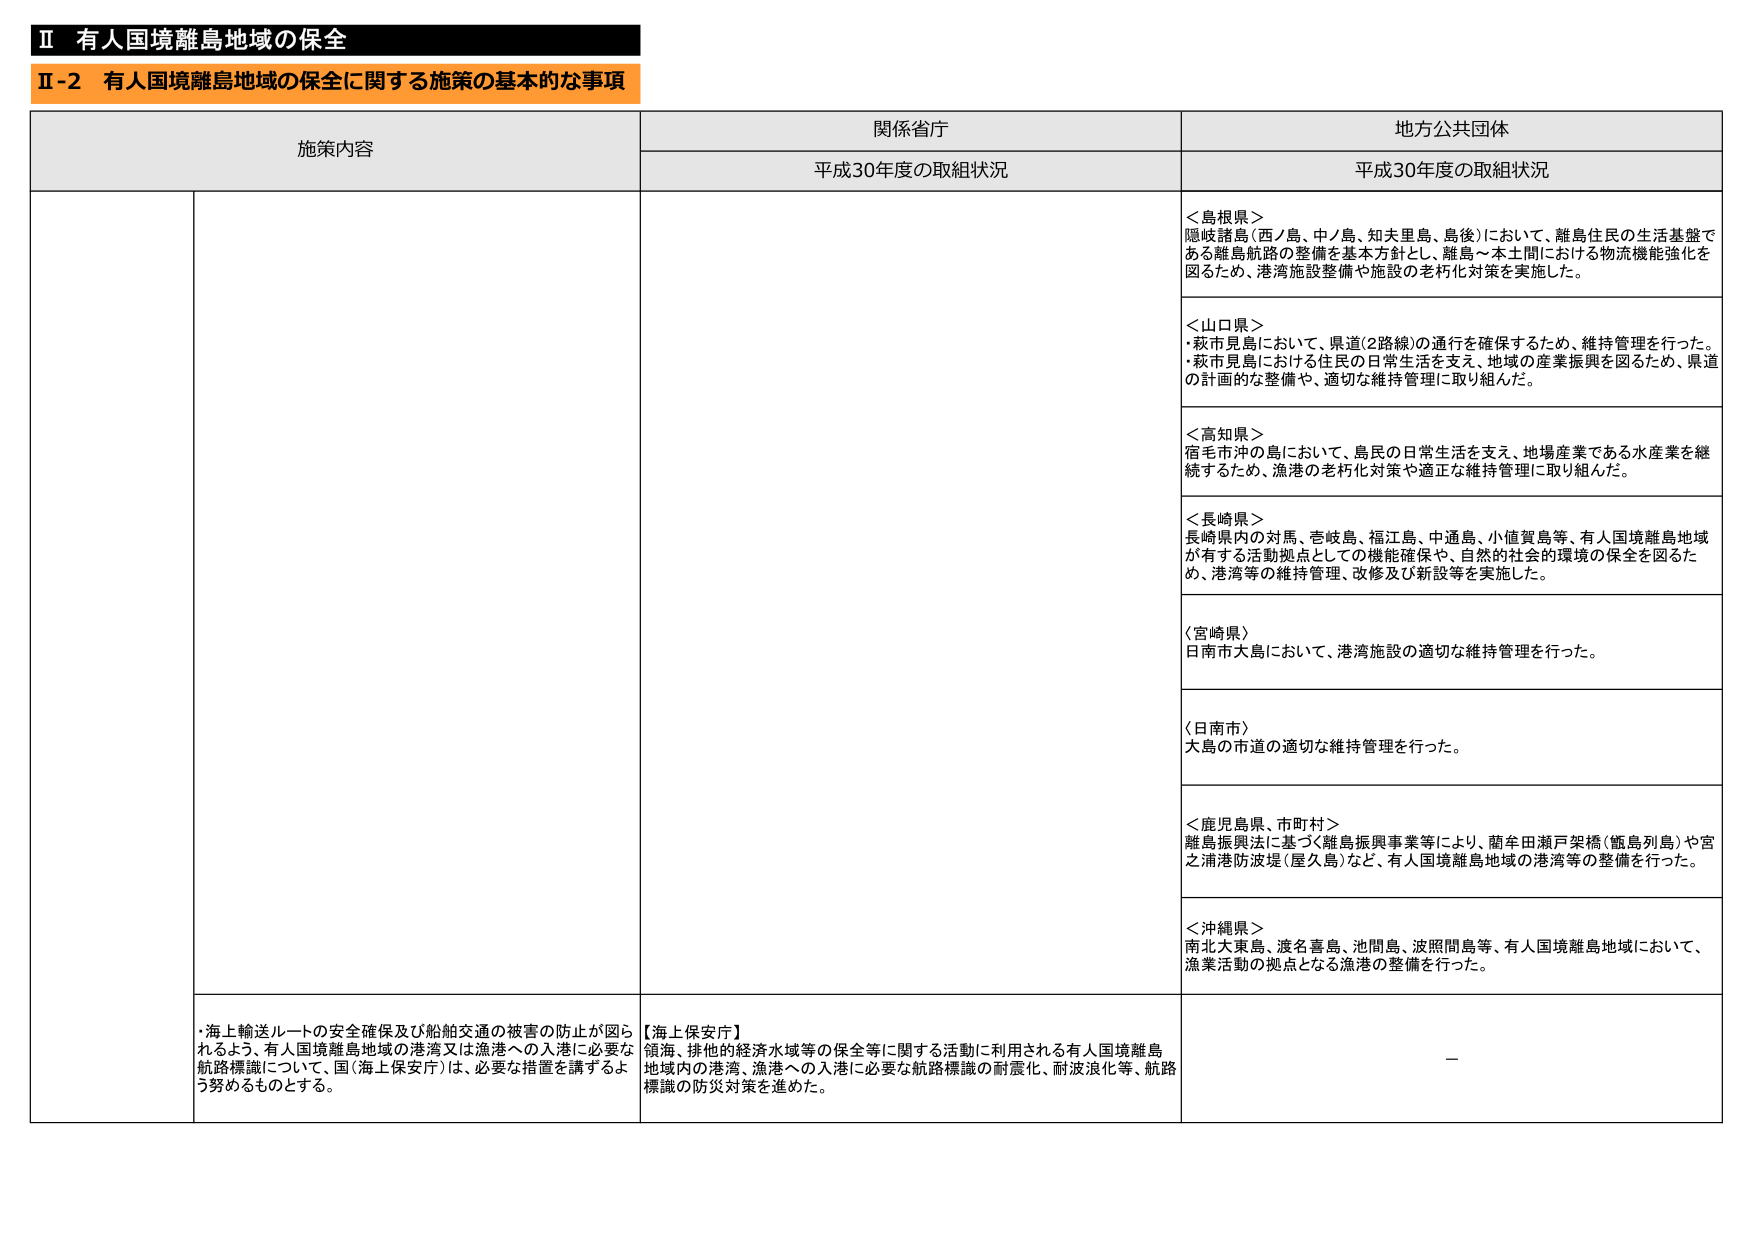
Ⅱ 有人国境離島地域の保全
Ⅱ-2 有人国境離島地域の保全に関する施策の基本的な事項

施策内容
関係省庁
地方公共団体

平成30年度の取組状況
平成30年度の取組状況

＜島根県＞
隠岐諸島（西ノ島、中ノ島、知夫里島、鳥後）において、離島住民の生活基盤である離島航路の整備を基本方針とし、離島～本土間における物流機能強化を図るため、港湾施設整備や施設の老朽化対策を実施した。

＜山口県＞
・萩市見島において、県道（2路線）の通行を確保するため、維持管理を行った。
・萩市見島における住民の日常生活を支え、地域の産業振興を図るため、県道の計画的な整備や、適切な維持管理に取り組んだ。

＜高知県＞
宿毛市沖の島において、島民の日常生活を支え、地場産業である水産業を継続するため、漁港の老朽化対策や適正な維持管理に取り組んだ。

＜長崎県＞
長崎県内の対馬、壱岐島、福江島、中通島、小値賀島等、有人国境離島地域が有する活動拠点としての機能確保や、自然的・社会的環境の保全を図るため、港湾等の維持管理、改修及び新設等を実施した。

＜宮崎県＞
日南市大島において、港湾施設の適切な維持管理を行った。

＜日南市＞
大島の市道の適切な維持管理を行った。

＜鹿児島県、市町村＞
離島振興法に基づく離島振興事業等により、蘭牟田瀬戸架橋（甑島列島）や宮之浦港防波堤（屋久島）など、有人国境離島地域の港湾等の整備を行った。

＜沖縄県＞
南北大東島、渡名喜島、池間島、波照間島等、有人国境離島地域において、漁業活動の拠点となる漁港の整備を行った。

・海上輸送ルートの安全確保及び船舶交通の被害の防止が図られるよう、有人国境離島地域の港湾又は漁港への入港に必要な航路標識について、国（海上保安庁）は、必要な措置を講ずるよう努めるものとする。

【海上保安庁】
領海、排他的経済水域等の保全等に関する活動に利用される有人国境離島地域内の港湾、漁港への入港に必要な航路標識の耐震化、耐波浪化等、航路標識の防災対策を進めた。

ー